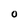
Character: O